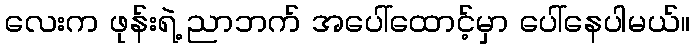
လေးက ဖုန်းရဲ့ ညာဘက် အပေါ်ထောင့်မှာ ပေါ်နေပါမယ်။